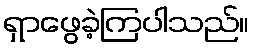
ရှာဖွေခဲ့ကြပါသည်။